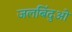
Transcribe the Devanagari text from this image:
जलबिंदुओं